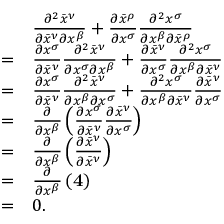
{ \begin{array} { r l } & { { \frac { \partial ^ { 2 } { \bar { x } } ^ { \nu } } { \partial { \bar { x } } ^ { \nu } \partial x ^ { \beta } } } + { \frac { \partial { \bar { x } } ^ { \rho } } { \partial x ^ { \sigma } } } { \frac { \partial ^ { 2 } x ^ { \sigma } } { \partial x ^ { \beta } \partial { \bar { x } } ^ { \rho } } } } \\ { = } & { { \frac { \partial x ^ { \sigma } } { \partial { \bar { x } } ^ { \nu } } } { \frac { \partial ^ { 2 } { \bar { x } } ^ { \nu } } { \partial x ^ { \sigma } \partial x ^ { \beta } } } + { \frac { \partial { \bar { x } } ^ { \nu } } { \partial x ^ { \sigma } } } { \frac { \partial ^ { 2 } x ^ { \sigma } } { \partial x ^ { \beta } \partial { \bar { x } } ^ { \nu } } } } \\ { = } & { { \frac { \partial x ^ { \sigma } } { \partial { \bar { x } } ^ { \nu } } } { \frac { \partial ^ { 2 } { \bar { x } } ^ { \nu } } { \partial x ^ { \beta } \partial x ^ { \sigma } } } + { \frac { \partial ^ { 2 } x ^ { \sigma } } { \partial x ^ { \beta } \partial { \bar { x } } ^ { \nu } } } { \frac { \partial { \bar { x } } ^ { \nu } } { \partial x ^ { \sigma } } } } \\ { = } & { { \frac { \partial } { \partial x ^ { \beta } } } \left( { \frac { \partial x ^ { \sigma } } { \partial { \bar { x } } ^ { \nu } } } { \frac { \partial { \bar { x } } ^ { \nu } } { \partial x ^ { \sigma } } } \right) } \\ { = } & { { \frac { \partial } { \partial x ^ { \beta } } } \left( { \frac { \partial { \bar { x } } ^ { \nu } } { \partial { \bar { x } } ^ { \nu } } } \right) } \\ { = } & { { \frac { \partial } { \partial x ^ { \beta } } } \left( \mathbf { 4 } \right) } \\ { = } & { 0 . } \end{array} }